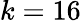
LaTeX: k=16